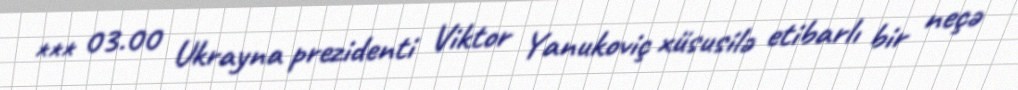
*** 03.00 Ukrayna prezidenti Viktor Yanukoviç xüsusilə etibarlı bir neçə